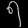
Digit: ၅